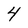
Character: 4